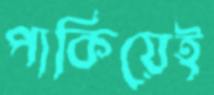
পাকিয়েই